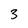
Character: 3